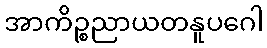
အာကိဉ္စညာယတနူပဂေါ